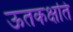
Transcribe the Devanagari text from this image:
ऊतकक्षति